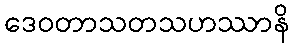
ဒေဝတာသတသဟဿာနိ